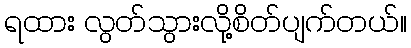
ရထား လွတ်သွားလို့စိတ်ပျက်တယ်။